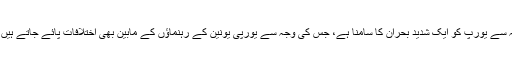
مہاجرین کی ایک بڑی تعداد کی آمد کی وجہ سے یورپ کو ایک شدید بحران کا سامنا ہے، جس کی وجہ سے یورپی یونین کے رہنماؤں کے مابین بھی اختلافات پائے جاتے ہیں کہ آخر اس مسئلے کو کیسے حل کیا جائے۔